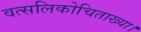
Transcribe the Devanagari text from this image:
वत्सलिकोचिताख्या।